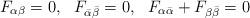
LaTeX: \begin{align*}F_{\alpha \beta} = 0, \ \ F_{\bar \alpha \bar \beta} = 0, \ \ F_{\alpha \bar \alpha} + F_{\beta \bar \beta} = 0\end{align*}